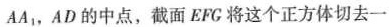
AA_{1}，AD的中点，截面EFG将这个正方体切去一